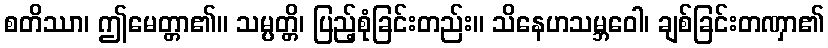
စတိဿာ၊ ဤမေတ္တာ၏။ သမ္ပတ္တိ၊ ပြည့်စုံခြင်းတည်း။ သိနေဟသမ္ဘဝေါ၊ ချစ်ခြင်းတဏှာ၏